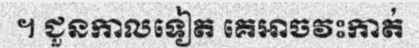
។ ជួនកាលទៀត គេអាចវះកាត់